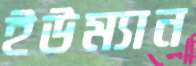
ইউম্যান